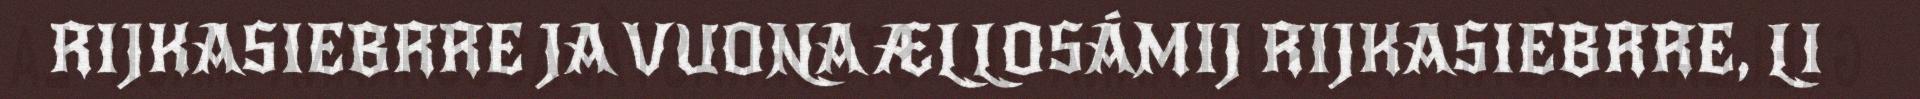
RIJKASIEBRRE JA VUONA ÆLLOSÁMIJ RIJKASIEBRRE, LI